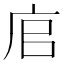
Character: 𢈂